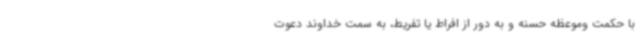
با حکمت وموعظه حسنه و به دور از افراط یا تفریط، به سمت خداوند دعوت